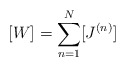
\begin{align*}[W] = \sum_{n=1}^{N} [J^{(n)}] \end{align*}